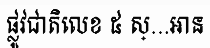
ផ្លូវជាតិលេខ ៥ ស្...អាន